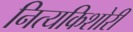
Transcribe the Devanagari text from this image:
नित्यकिशोरी